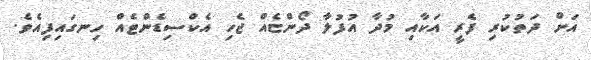
އަށް ދަތުކުރި ފެރީ އަކާއި މުދާ އުފުލާ ދޯންޏެއް ޖެހި އެކްސިޑެންޓެއް ހިނގައިިފިއެވެ.